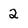
Character: 2